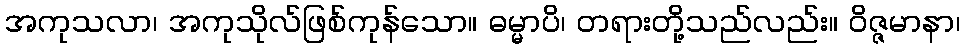
အကုသလာ၊ အကုသိုလ်ဖြစ်ကုန်သော။ ဓမ္မာပိ၊ တရားတို့သည်လည်း။ ဝိဇ္ဇမာနာ၊